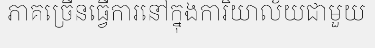
ភាគច្រើនធ្វើការនៅក្នុងការិយាល័យជាមួយ